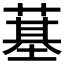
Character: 𦸀